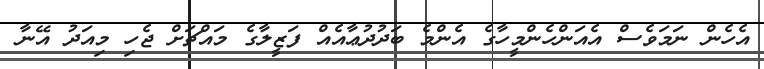
އެހެން ނަމަވެސް އެއަންހެންމީހާގެ އެންމެ ބަދުދުޢާއެއް ފަޒީލާގެ މައްޗަށް ޖެހި މިއަދު އޭނާ